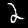
Label: 2